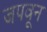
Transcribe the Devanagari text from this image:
जपवून